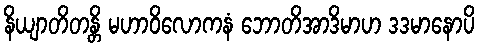
နိယျာတိတန္တိ မဟာဝိလောကနံ ဘောတိအာဒိမာဟ ဒဒမာနောပိ